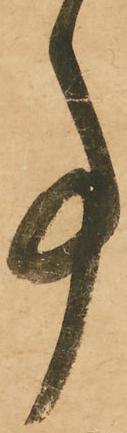
事